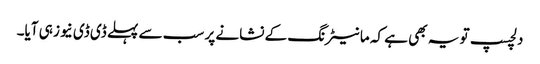
دلچسپ تو یہ بھی ہے کہ مانیٹرنگ کے نشانے پر سب سے پہلے ڈی ڈی نیوز ہی آیا۔